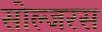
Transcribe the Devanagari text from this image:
सोल्जरस